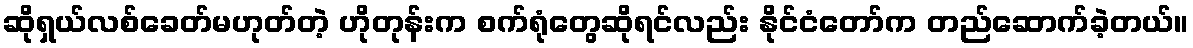
ဆိုရှယ်လစ်ခေတ်မဟုတ်တဲ့ ဟိုတုန်းက စက်ရုံတွေဆိုရင်လည်း နိုင်ငံတော်က တည်ဆောက်ခဲ့တယ်။